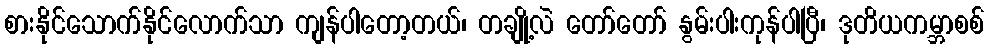
စားနိုင်သောက်နိုင်လောက်သာ ကျန်ပါတော့တယ်၊ တချို့လဲ တော်တော် နွမ်းပါးကုန်ပါပြီ၊ ဒုတိယကမ္ဘာစစ်